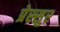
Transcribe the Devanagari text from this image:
प्रेस्सुर